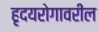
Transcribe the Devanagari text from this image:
हृदयरोगावरील